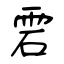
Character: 雼